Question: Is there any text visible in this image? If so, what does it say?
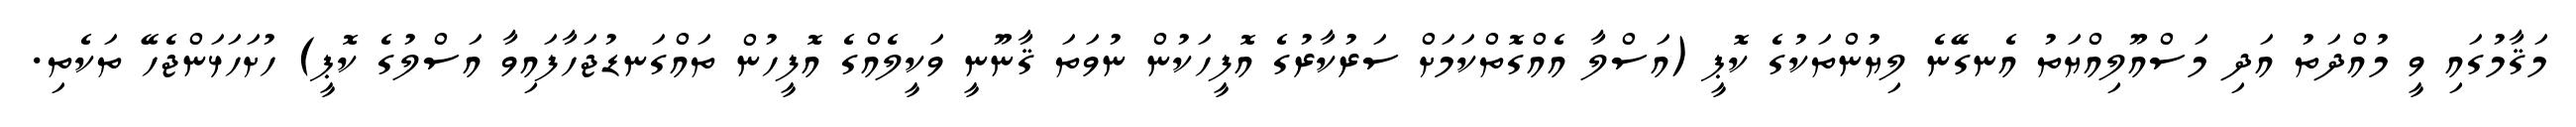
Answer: މަޤާމުގައި ވީ މުއްދަތު އަދި މަސްއޫލިއްޔަތު އެނގޭނެ ލިޔުންތަކުގެ ކޮޕީ (އަސްލާ އެއްގޮތްކަމަށް ސަރުކާރުގެ އޮފީހަކުން ނުވަތަ ޤާނޫނީ ވަކީލެއްގެ އޮފީހުން ތައްގަނޑުޖަހާފައިވާ އަސްލުގެ ކޮޕީ) ހުށަހަޅަންޖެހޭ ތަކެތި.